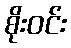
စိုးဝင်း